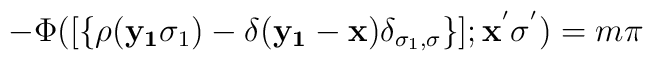
-\Phi([\{\rho({\bf{y_{1}}}\sigma_{1}) - \delta({\bf{y_{1}}}-{\bf{x}})\delta_{\sigma_{1},\sigma} \} ];{\bf{x^{'}}}\sigma^{'}) = m\pi